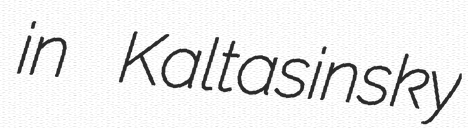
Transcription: in Kaltasinsky